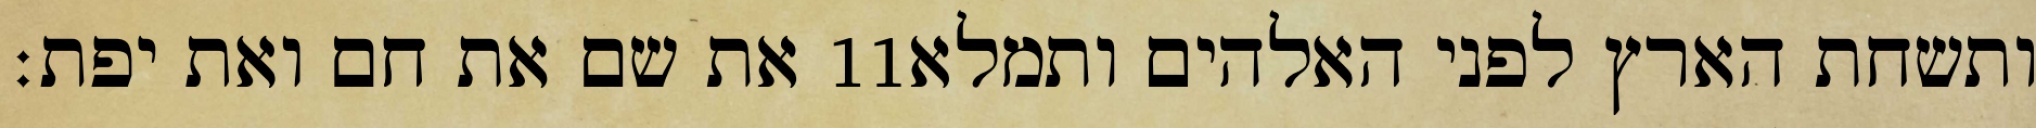
את שם את חם ואת יפת׃ ‎11‏ ותשחת הארץ לפני האלהים ותמלא